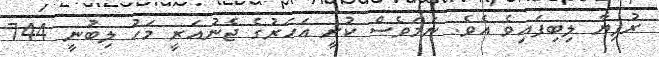
ރުފިޔާ ލިބިފައިވެ އެވެ. ނަމަވެސް ކުރީ އަހަރުގެ ޖެނުއަރީ މަހު ލިބުނީ 744